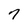
Character: 7